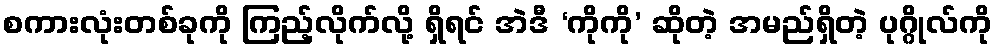
စကားလုံးတစ်ခုကို ကြည့်လိုက်လို့ ရှိရင် အဲဒီ ‘ကိုကို’ ဆိုတဲ့ အမည်ရှိတဲ့ ပုဂ္ဂိုလ်ကို